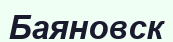
Баяновск